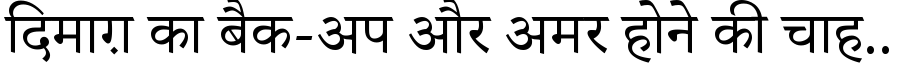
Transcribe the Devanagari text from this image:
दिमाग़ का बैक-अप और अमर होने की चाह..